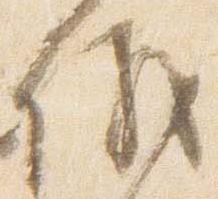
議